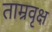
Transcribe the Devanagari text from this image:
ताम्रवृक्ष